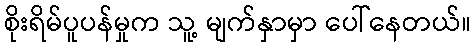
စိုးရိမ်ပူပန်မှုက သူ့ မျက်နှာမှာ ပေါ်နေတယ်။